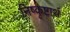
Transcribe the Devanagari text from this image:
निष्कृष्टार्थ